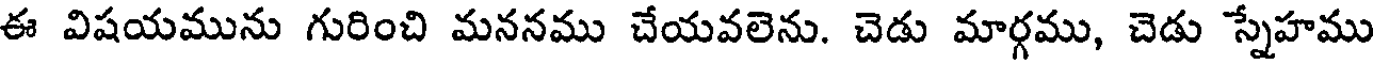
ఈ విషయమును గురించి మననము చేయవలెను. చెడు మార్గము, చెడు స్నేహము